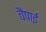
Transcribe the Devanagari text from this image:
चैपाई